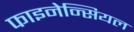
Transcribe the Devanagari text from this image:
फाइनेन्सियल